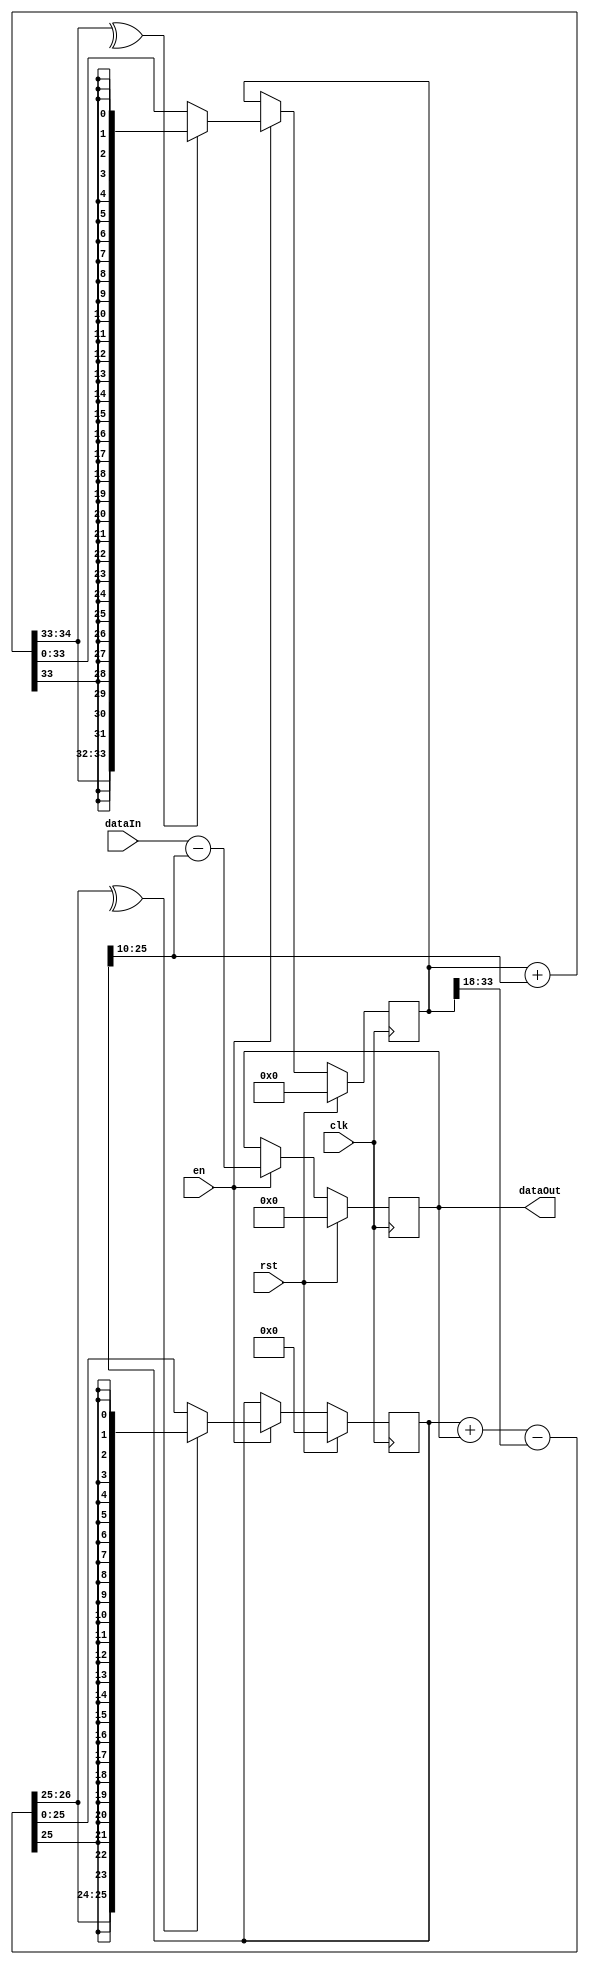
module SmallBsf #(
    parameter WIDTH        = 16, 
    parameter K0_SHIFT     = 10, 
    parameter K1_SHIFT     = 18, 
    parameter CLAMP        = 1   
)
(
    input  clk,                       
    input  rst,                       
    input  en,                        
    input  signed [WIDTH-1:0] dataIn, 
    output signed [WIDTH-1:0] dataOut 
);
reg signed [WIDTH+K0_SHIFT-1:0] acc0;
reg signed [WIDTH+K1_SHIFT-1:0] acc1;
reg signed [WIDTH-1:0] forwardPath;
wire signed [WIDTH-1:0] acc0Out;
wire signed [WIDTH-1:0] acc1Out;
wire signed [WIDTH+K0_SHIFT:0] acc0In;
wire signed [WIDTH+K1_SHIFT:0] acc1In;
assign acc0In = acc0 + forwardPath - acc1Out;
assign acc1In = acc1 + acc0Out;
always @(posedge clk) begin
    if (rst) begin
        forwardPath <= 'd0;
        acc0        <= 'd0;
        acc1        <= 'd0;
    end
    else if (en) begin
        forwardPath <= dataIn - acc0Out;
        if (CLAMP) begin
            acc0 <= (^acc0In[WIDTH+K0_SHIFT-:2])
                  ? {acc0In[WIDTH+K0_SHIFT], {(WIDTH+K0_SHIFT-1){acc0In[WIDTH+K0_SHIFT-1]}}}
                  : acc0In;
            acc1 <= (^acc1In[WIDTH+K1_SHIFT-:2])
                  ? {acc1In[WIDTH+K1_SHIFT], {(WIDTH+K1_SHIFT-1){acc1In[WIDTH+K1_SHIFT-1]}}}
                  : acc1In;
        end
        else begin
            acc0 <= acc0In;
            acc1 <= acc1In;
        end
    end
end
assign dataOut = forwardPath;
assign acc0Out = acc0 >>> K0_SHIFT;
assign acc1Out = acc1 >>> K1_SHIFT;
reg clamp0;
reg clamp1;
always @(posedge clk) begin
    if (rst) begin
        clamp0 <= 1'b0;
        clamp1 <= 1'b0;
    end
    else begin
        clamp0 <= clamp0 | (^acc0In[WIDTH+K0_SHIFT-:2]);
        clamp1 <= clamp1 | (^acc1In[WIDTH+K1_SHIFT-:2]);
    end
end
endmodule